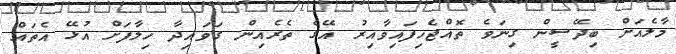
މާލެއަށް ބިދޭސީން ގިނަވެ ތޮއްޖެހިފައިވާއިރު އޭގެ ތެރެއިން ގަވައިދާ ހިލާފަށް އުޅޭ އެތައް